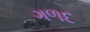
ગળદ